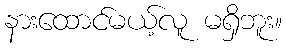
နားထောင်မယ့်လူ မရှိဘူး။